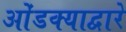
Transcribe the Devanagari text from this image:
ओंडक्याद्वारे